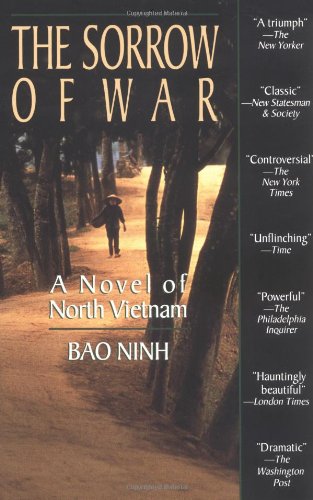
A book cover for The Sorrow of War: A Novel of North Vietnam; Bao Ninh; Literature & Fiction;